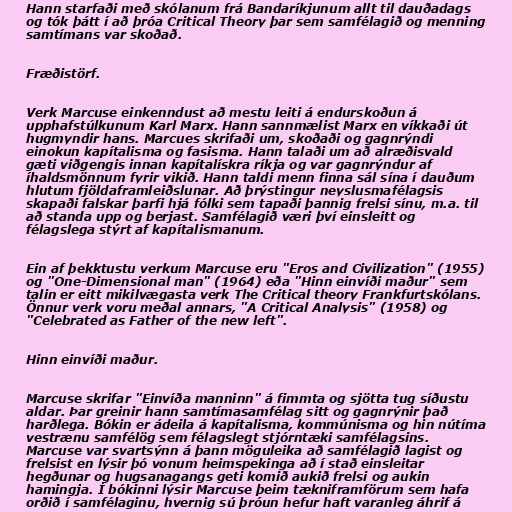
Hann starfaði með skólanum frá Bandaríkjunum allt til dauðadags
og tók þátt í að þróa Critical Theory þar sem samfélagið og menning
samtímans var skoðað.

Fræðistörf.

Verk Marcuse einkenndust að mestu leiti á endurskoðun á
upphafstúlkunum Karl Marx. Hann sannmælist Marx en víkkaði út
hugmyndir hans. Marcues skrifaði um, skoðaði og gagnrýndi
einokun kapítalisma og fasisma. Hann talaði um að alræðisvald
gæti viðgengis innan kapítalískra ríkja og var gagnrýndur af
íhaldsmönnum fyrir vikið. Hann taldi menn finna sál sína í dauðum
hlutum fjöldaframleiðslunar. Að þrýstingur neyslusmafélagsis
skapaði falskar þarfi hjá fólki sem tapaði þannig frelsi sínu, m.a. til
að standa upp og berjast. Samfélagið væri því einsleitt og
félagslega stýrt af kapítalismanum.

Ein af þekktustu verkum Marcuse eru "Eros and Civilization" (1955)
og "One-Dimensional man" (1964) eða "Hinn einvíði maður" sem
talin er eitt mikilvægasta verk The Critical theory Frankfurtskólans.
Önnur verk voru meðal annars, "A Critical Analysis" (1958) og
"Celebrated as Father of the new left".

Hinn einvíði maður.

Marcuse skrifar "Einvíða manninn" á fimmta og sjötta tug síðustu
aldar. Þar greinir hann samtímasamfélag sitt og gagnrýnir það
harðlega. Bókin er ádeila á kapítalisma, kommúnisma og hin nútíma
vestrænu samfélög sem félagslegt stjórntæki samfélagsins.
Marcuse var svartsýnn á þann möguleika að samfélagið lagist og
frelsist en lýsir þó vonum heimspekinga að í stað einsleitar
hegðunar og hugsanagangs geti komið aukið frelsi og aukin
hamingja. Í bókinni lýsir Marcuse þeim tækniframförum sem hafa
orðið í samfélaginu, hvernig sú þróun hefur haft varanleg áhrif á